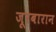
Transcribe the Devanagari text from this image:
जूरबारान